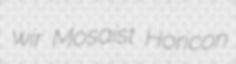
wir Mosaist Horicon